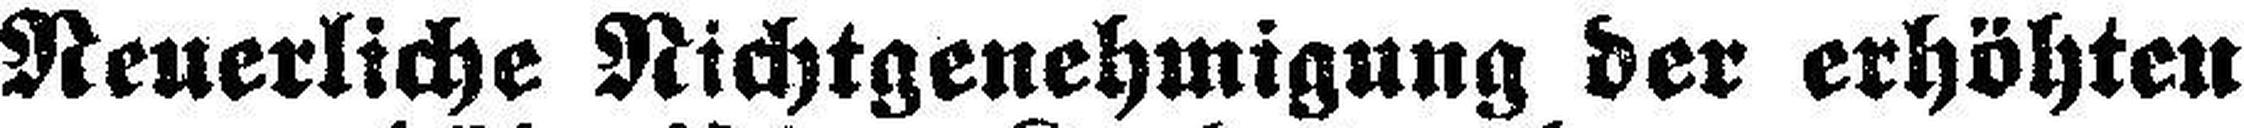
Neuerliche Nichtgenehmigung der erhöhten